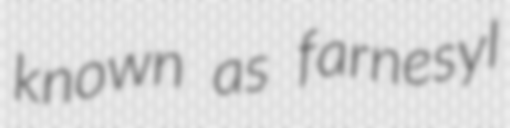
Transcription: known as farnesyl